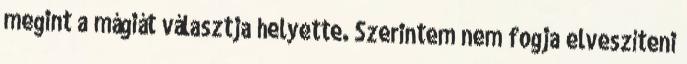
megint a mágiát választja helyette. Szerintem nem fogja elveszíteni